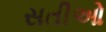
સતીઓ